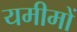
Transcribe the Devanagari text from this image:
यमीमों